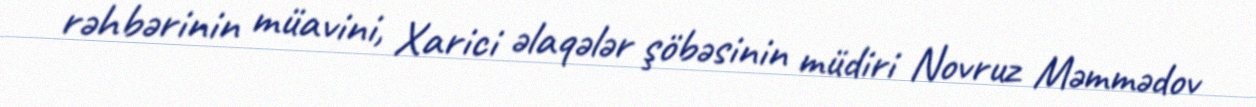
rəhbərinin müavini, Xarici əlaqələr şöbəsinin müdiri Novruz Məmmədov